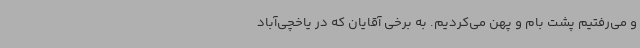
و می‌رفتیم پشت بام و پهن می‌کردیم. به برخی آقایان که در یاخچی‌آباد